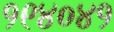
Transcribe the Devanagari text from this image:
१९४०४१